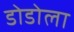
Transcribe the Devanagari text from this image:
डोडोला